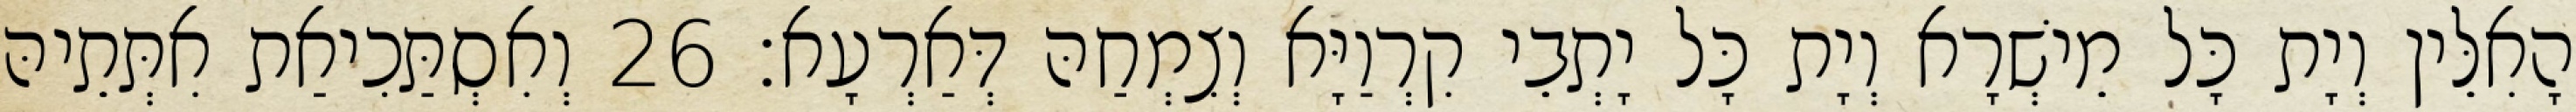
הָאִלֵּין וְיָת כָּל מֵישְׁרָא וְיָת כָּל יָתְבֵי קִרְוַיָּא וְצִמְחַהּ דְּאַרְעָא׃ 26 וְאִסְתַּכִיאַת אִתְּתֵיהּ